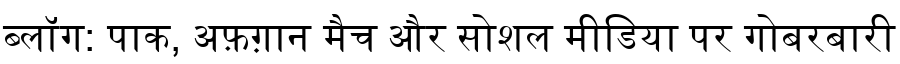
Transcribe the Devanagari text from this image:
ब्लॉग: पाक, अफ़ग़ान मैच और सोशल मीडिया पर गोबरबारी